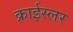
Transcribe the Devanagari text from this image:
क्राईस्लर